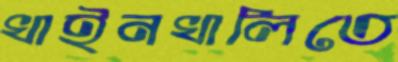
খাইনখালিতে